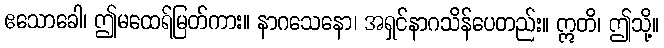
ဧသောခေါ၊ ဤမထေရ်မြတ်ကား။ နာဂသေနော၊ အရှင်နာဂသိန်ပေတည်း။ ဣတိ၊ ဤသို့။